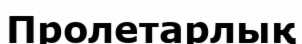
Пролетарлық